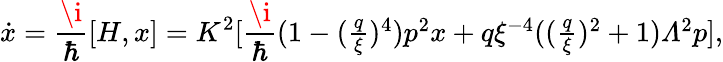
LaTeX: \dot{x}=\frac{\i}{\hbar}[H,x]=K^{2}[\frac{\i}{\hbar}{\textstyle(1-(\frac{q}{\xi})^{4})p^{2}x+q\xi^{-4}((\frac{q}{\xi})^{2}+1){\mit\Lambda}^{2}p}],